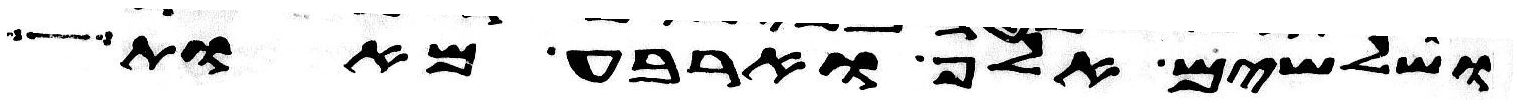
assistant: ושלשים אלף וארבע מאות